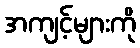
အကျင့်များကို